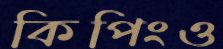
কিপিংও